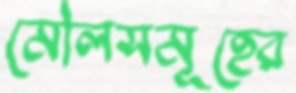
মৌলসমূহের